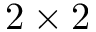
2 \times 2